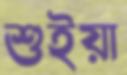
শুইয়া